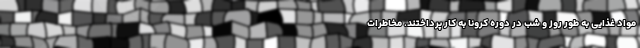
مواد غذایی به طور روز و شب در دوره کرونا به کار پرداختند. مخاطرات